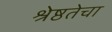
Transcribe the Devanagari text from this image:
श्रेष्ठतेचा